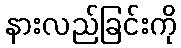
နားလည်ခြင်းကို